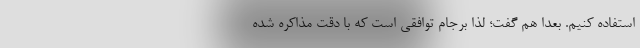
استفاده کنیم. بعدا هم گفت؛ لذا برجام توافقی است که با دقت مذاکره شده